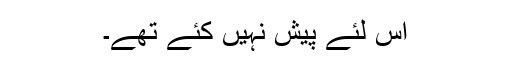
اس لئے پیش نہیں کئے تھے۔